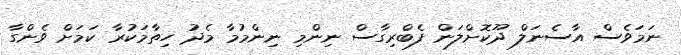
ނަމަވެސް އާސެނަލް ދޫކޮށްލަން ފެބްރިގާސް ނިންމި ނިންމުމާ މެދު ހިތާމަކުރާ ކަމަށް ވެންގާ